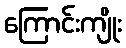
ကြောင်းကျိုး